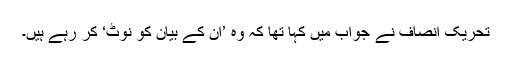
تحریک انصاف نے جواب میں کہا تھا کہ وہ ’ان کے بیان کو نوٹ‘ کر رہے ہیں۔